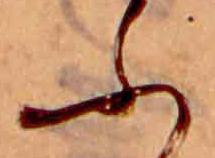
ふ